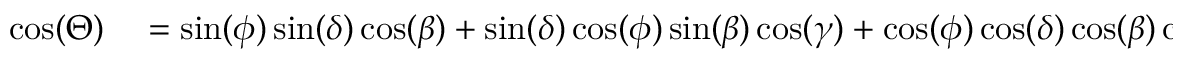
\begin{array} { r l } { \cos ( \Theta ) } & { { } = \sin ( \phi ) \sin ( \delta ) \cos ( \beta ) + \sin ( \delta ) \cos ( \phi ) \sin ( \beta ) \cos ( \gamma ) + \cos ( \phi ) \cos ( \delta ) \cos ( \beta ) \cos ( h ) } \end{array}